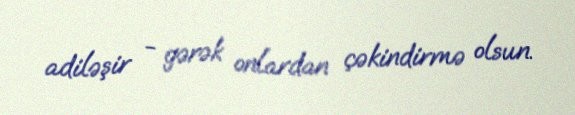
adiləşir - gərək onlardan çəkindirmə olsun.